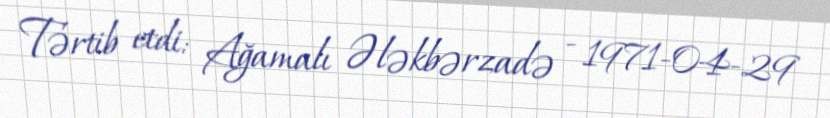
Tərtib etdi: Ağamalı Ələkbərzadə - 1971-04-29